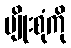
မျိုးစုံကို